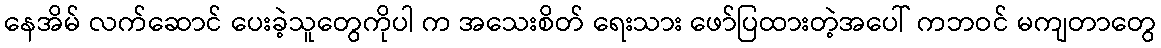
နေအိမ် လက်ဆောင် ပေးခဲ့သူတွေကိုပါ က အသေးစိတ် ရေးသား ဖော်ပြထားတဲ့အပေါ် ကဘဝင် မကျတာတွေ